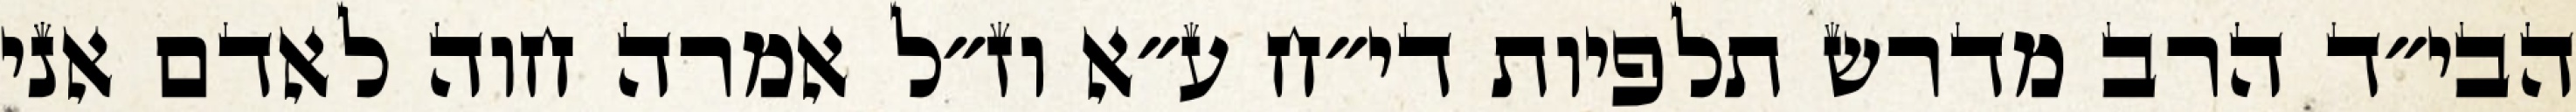
הבי״ד הרב מדרש תלפיות די״ח ע״א וז״ל אמרה חוה לאדם אני